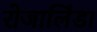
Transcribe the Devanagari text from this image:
रोजालिंडा